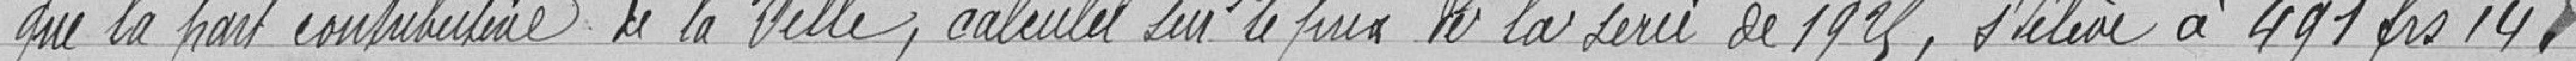
que la part contributive de la Ville, calculée sur le prix de la série de 1925, s'élève à 491,14 francs